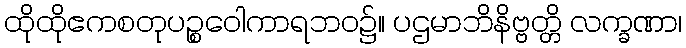
ထိုထိုဧကစတုပဉ္စဝေါကာရဘဝ၌။ ပဌမာဘိနိဗ္ဗတ္တိ လက္ခဏာ၊